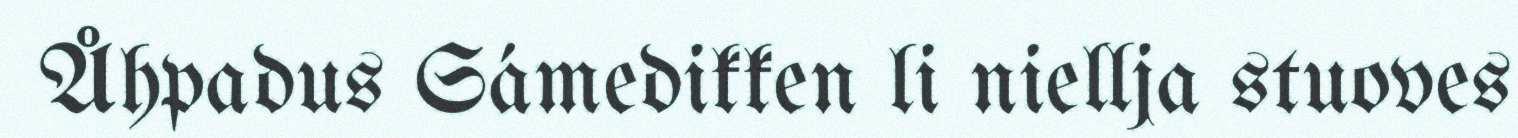
Åhpadus Sámedikken li niellja stuoves